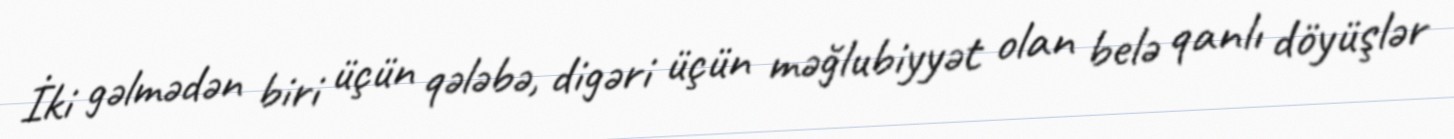
İki gəlmədən biri üçün qələbə, digəri üçün məğlubiyyət olan belə qanlı döyüşlər